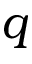
q